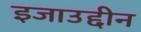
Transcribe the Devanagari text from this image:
इजाउद्दीन